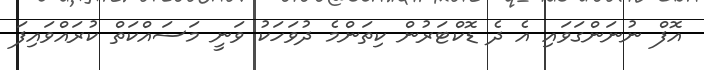
އޮފް ނުނަންގަވައި އެ ދެ ޑޮކްޓަރުން ކިތަންމެ ދުވަހަކު ވަނީ މަސައްކަތް ކުރައްވައިފަ